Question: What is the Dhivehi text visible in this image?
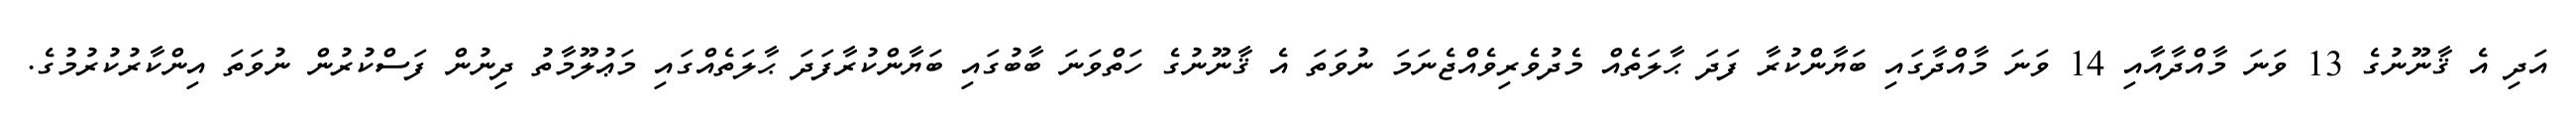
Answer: އަދި އެ ޤާނޫނުގެ 13 ވަނަ މާއްދާއާއި 14 ވަނަ މާއްދާގައި ބަޔާންކުރާ ފަދަ ޙާލަތެއް މެދުވެރިވެއްޖެނަމަ ނުވަތަ އެ ޤާނޫނުގެ ހަތްވަނަ ބާބުގައި ބަޔާންކުރާފަދަ ޙާލަތެއްގައި މަޢުލޫމާތު ދިނުން ފަސްކުރުން ނުވަތަ އިންކާރުކުރުމުގެ.